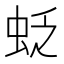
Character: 𧊉